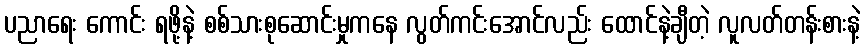
ပညာရေး ကောင်း ရဖို့နဲ့ စစ်သားစုဆောင်းမှုကနေ လွတ်ကင်းအောင်လည်း ထောင်နဲ့ချီတဲ့ လူလတ်တန်းစားနဲ့